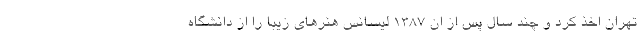
تهران اخذ کرد و چند سال پس از ان ۱۳۸۷ لیسانس هنرهای زیبا را از دانشگاه